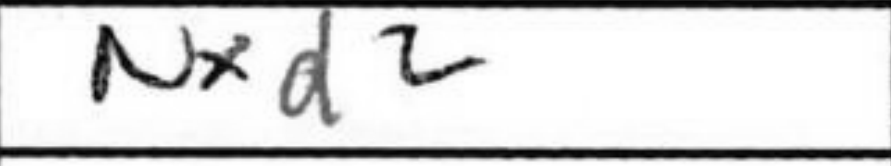
Transcription: Nxd2